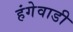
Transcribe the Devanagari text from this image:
हंगेवाडी